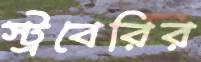
স্ট্রবেরির